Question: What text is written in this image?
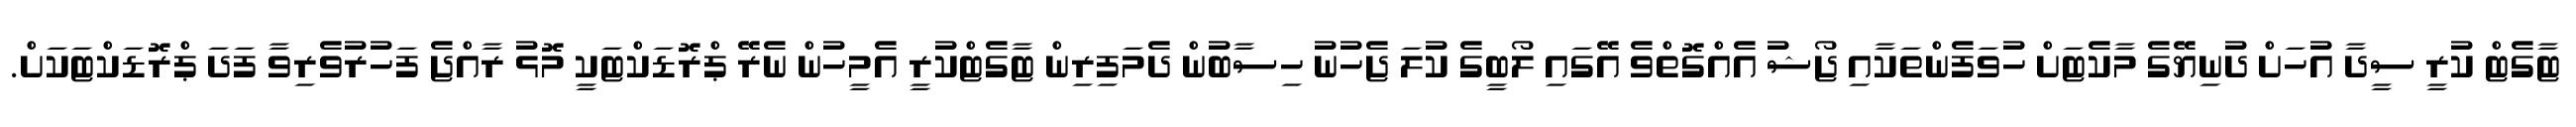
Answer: ޓާގެޓް ކުރީ ސީދާ އުހަށް ދުނިޔޭގެ މާކެޓަށް ހުވަފެންތަކާއި ޖޯޝު އެއްގޮތްވެ އޭގައި ލޯބީގެ ކުލަ ޖެހުނު ހިސާބުން ދެމަފިރިން ޓާގެޓްކުރީ އެމީހުން ނެރޭ ޕްރޮޑަކްޓަކީ މޮޅު ރާއްޖެ ފަހުރުވެރިވާ ފަދަ ޕްރޮޑަކްޓަކަށް.